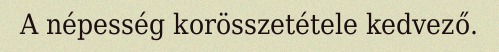
A népesség korösszetétele kedvező.